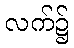
လက်၌